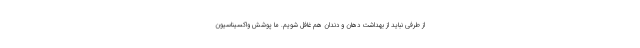
از طرفی نباید از بهداشت دهان و دندان هم غافل شویم. ما پوشش واکسیناسیون